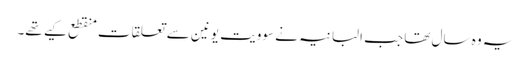
یہ وہ سال تھا جب البانیہ نے سوویت یونین سے تعلقات منقطع کیے تھے۔